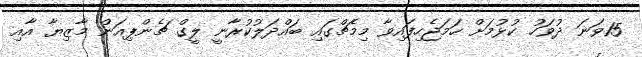
15ވަނަ ދުވަހު ކުޅުމަށް ހަމަޖެހިފައިވާ މިމެޗްގައި ބައްދަލުކުރާނީ ލީގް ޗެންޕިއަން މާޒިޔާ އާއި